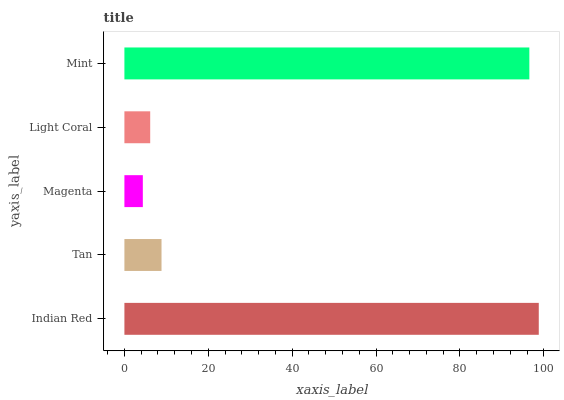
| yaxis_label | bars |
 | --- | --- |
 | Indian Red | 98.8 |
 | Tan | 8.85 |
 | Magenta | 4.39 |
 | Light Coral | 6.15 |
 | Mint | 96.6 |